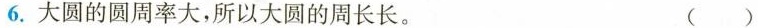
6.大圆的圆周率大，所以大圆的周长长。 ()